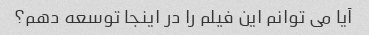
آیا می توانم این فیلم را در اینجا توسعه دهم؟